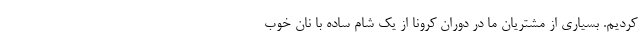
کردیم. بسیاری از مشتریان ما در دوران کرونا از یک شام ساده با نان خوب